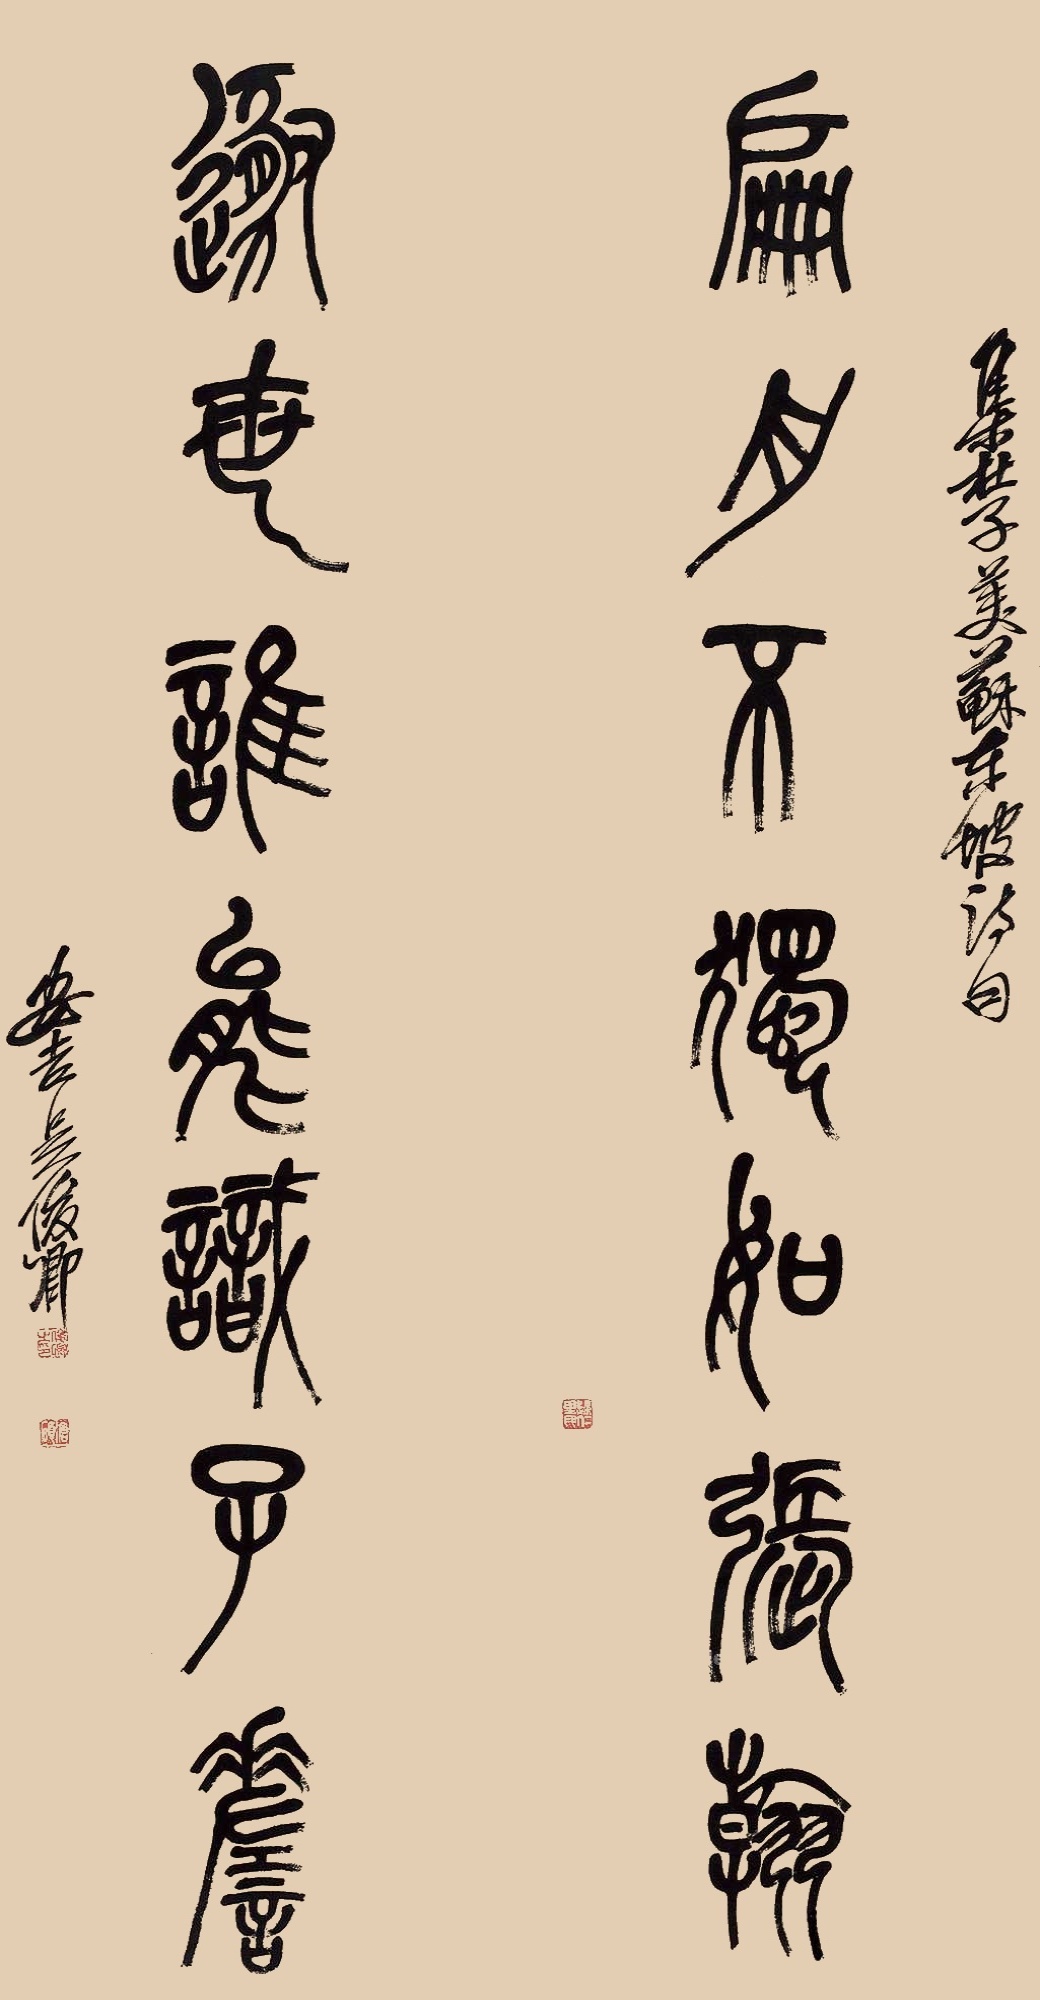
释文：扁舟不独如张翰，遁世谁能识子嗟。集杜子美苏东坡诗句，安吉吴俊卿。